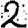
Digit: 2